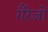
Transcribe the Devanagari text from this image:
गैरेजों